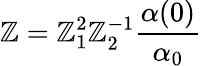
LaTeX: \mathbb{Z}=\mathbb{Z}_{1}^{2}\mathbb{Z}_{2}^{-1}\frac{{\alpha(0)}}{{\alpha_{0}}}